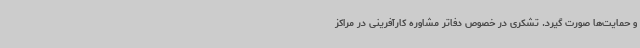
و حمایت‌ها صورت گیرد. تشکری در خصوص دفاتر مشاوره کارآفرینی در مراکز